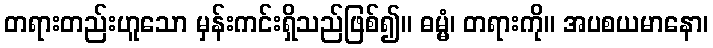
တရားတည်းဟူသော မှန်းကင်းရှိသည်ဖြစ်၍။ ဓမ္မံ၊ တရားကို။ အပစယမာနော၊